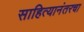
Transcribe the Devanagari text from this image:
साहित्यानंतरचा